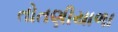
તોતણીયાળા